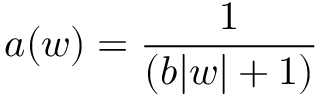
a ( w ) = \frac { 1 } { ( b | w | + 1 ) }